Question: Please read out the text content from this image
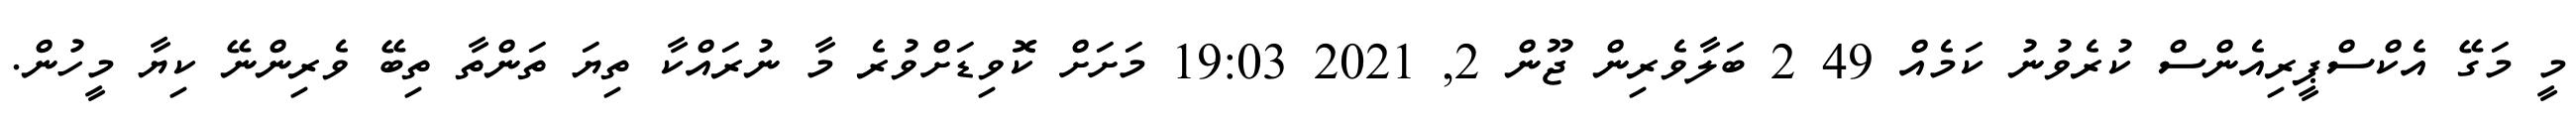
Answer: މީ މަގޭ އެކްސްޕީރިއެންސް ކުރެވުނު ކަމެއް 49 2 ބަލާވެރިން ޖޫން 2, 2021 19:03 މަށަށް ކޮވިޑަށްވުރެ މާ ނުރައްކާ ތިޔަ ތަންތާ ތިބޭ ވެރިންނޭ ކިޔާ މީހުން.